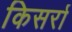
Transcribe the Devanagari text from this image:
किसर्रा